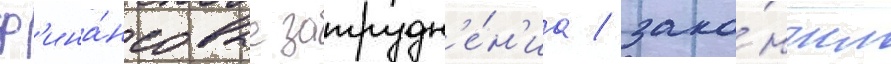
ф'ина́нсовые затрудн'е́н'иа / зако́нчил